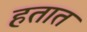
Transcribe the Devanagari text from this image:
हतात